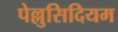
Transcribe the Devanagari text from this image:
पेल्लुसिदियम